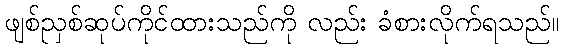
ဖျစ်ညှစ်ဆုပ်ကိုင်ထားသည်ကို လည်း ခံစားလိုက်ရသည်။